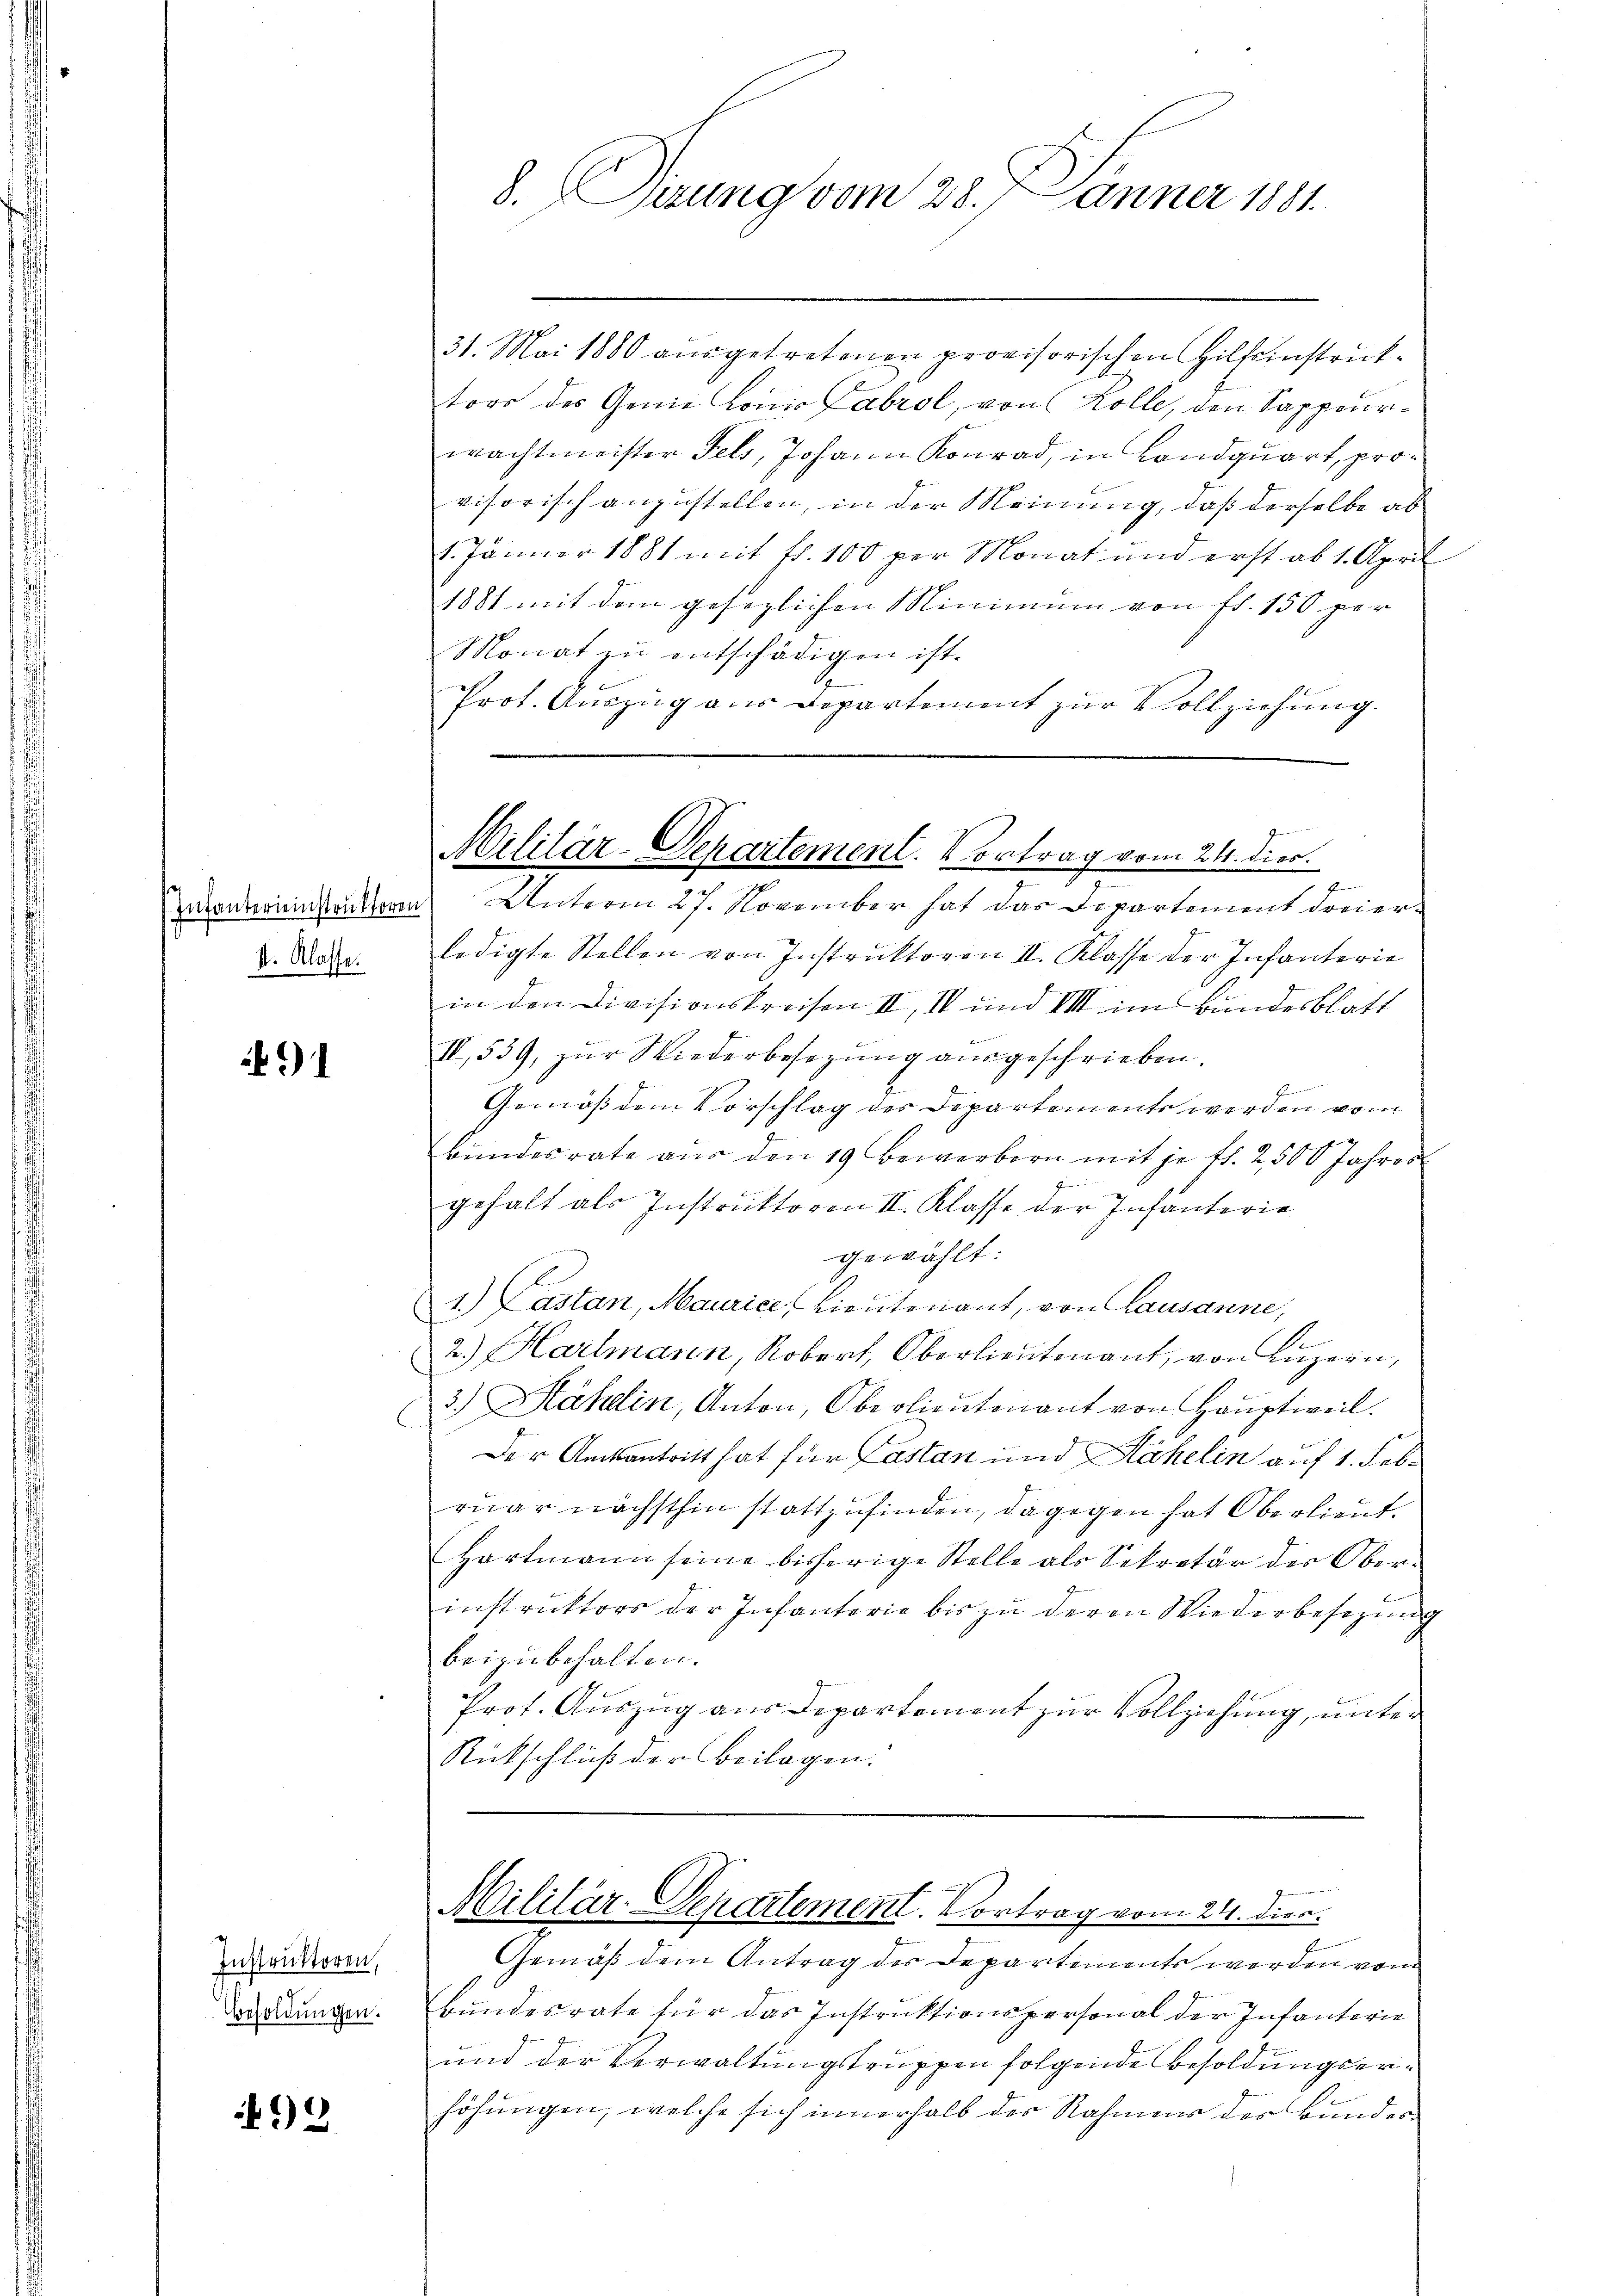
II. Klasse.

91

Instruktoren,
Besoldungen.

*) 2

31. Mai 1880 ausgetretenen provisorischen Hilfeinstruktors des Genie Konis Fabrol, von Kolle, den Sappeurwachtmeister Fels, Johann Konrad, in Landquart, provisorisch anzustellen, in der Meinung, daß derselbe ab
.
1. Jänner 1881 mit fr. 100 per Monat und erst ab 1. April
1881 mit dem gesezlichen Minimum von fl. 150 per
Monat zu entschädigen ist.
Prot. Auszug aus Departement zur Vollziehung.
zhandereinstruktoren Unterm 27. November hat das Departement dreierledigte Stellen von Instruktoren II. Klasse der Infanterie
in den Divisionskreisen III, III und VIII im Bundesblatt
II, 539, zŭr Niederbesezung aŭsgeschrieben.
Gemäß dem Vorschlag des Departements werden vom
Bundesrate aus den 19. Bewerbern mit je fl. 2,500 Jahres
g
gehalt als Instruktoren II. Klasse der Infanterie
gewählt:
1.) Castan, Maurice, Lieutenant, von Lausanne,
2.) Hartmann, Robert, Oberlieutenant, von Luzern,
3.) Hähdin, Anton, Oberlieutenant von Hauptweil.
Der Amtsantritt hat für Castan und Kähelin auf 1. Febr
ruar nächsthin stattzufinden, dagegen hat Oberlieut.
Hartmann seine bisherige Stelle als Sekretär der Ober-
instruktors der Infanterie bis zu deren Wiederbesezung
beizubehalten.
Prot. Auszug aus Departement zur Vollziehung, unter
Rückschluß der Beilagen.

S. Tierung vom 28. Jänner 1891.

Geeren der an die
Militär-Departement. Vortrag vom 24. dies
g

Militär-Departement. Vortrag vom 24. dien.

Gemäß dem Antrag der Departements werden vom
Bundesrate für das Instruktionspersonal der Infanterie
und der Verwaltungstruppen folgende Besoldungserhöhungen, welche sich innerhalb der Rahmens des Bundes